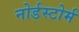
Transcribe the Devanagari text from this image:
नोर्डस्टोर्म